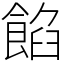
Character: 餡